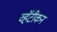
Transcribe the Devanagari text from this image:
व्हॅटीकन